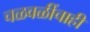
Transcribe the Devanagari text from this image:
चळवळींचाही